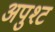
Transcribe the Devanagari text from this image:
अपुश्ट